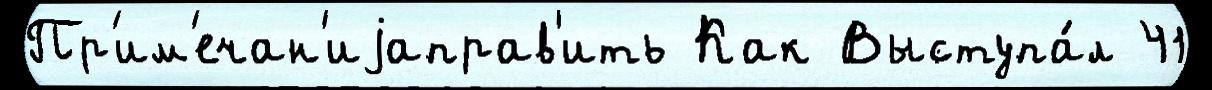
Пр'им'ечан'иjаправ'ить Как Выступа́л 41